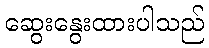
ဆွေးနွေးထားပါသည်